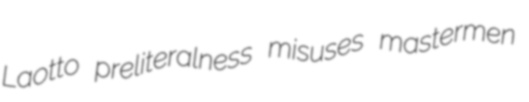
Laotto preliteralness misuses mastermen